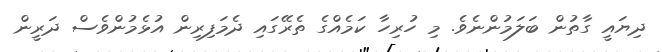
ދިޔައީ ގާތުން ބަލަމުންނެވެ. މި ހުރިހާ ކަމެއްގެ ތެރޭގައި ދެމަފިރިން އުޅެމުންވެސް ދަރީން